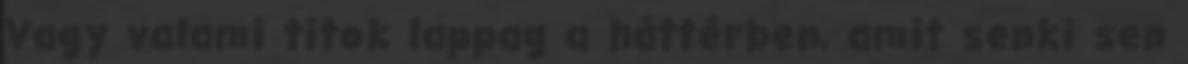
Vagy valami titok lappag a háttérben, amit senki sen